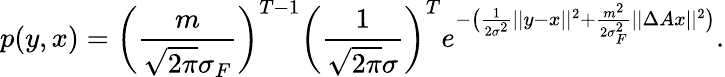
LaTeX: p(y,x)=\bigg(\frac{m}{\sqrt{2\pi}\sigma_{F}}\bigg)^{T-1}\bigg(\frac{1}{\sqrt{2\pi}\sigma}\bigg)^{T}e^{-\big(\frac{1}{2\sigma^{2}}||y-x||^{2}+\frac{m^{2}}{2\sigma_{F}^{2}}||\Delta Ax||^{2}\big)}.